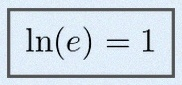
\ln(e)=1